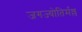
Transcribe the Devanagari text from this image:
जगज्योतिर्मल्ल